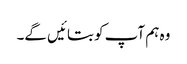
وہ ہم آپ کو بتائیں گے۔